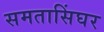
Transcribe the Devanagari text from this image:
समतासिंघर